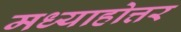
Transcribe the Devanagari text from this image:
मध्याहोत्तर